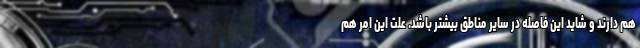
هم دارند و شاید این فاصله در سایر مناطق بیشتر باشد. علت این امر هم